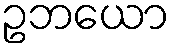
ဥဘယော